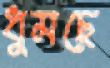
ধুমছে